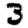
Digit: 3